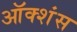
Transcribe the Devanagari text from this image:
ऑक्शंस